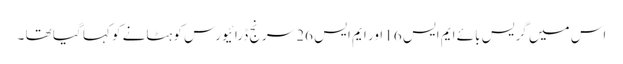
اس میں گریس بائے ایم ایس 16 اور ایم ایس 26 سرنج ڈرائیورس کو ہٹانے کو کہا گیا تھا ۔